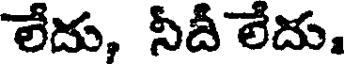
లేదు, నీదీ లేదు.